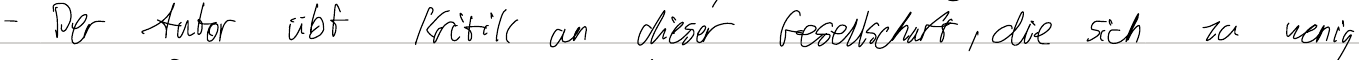
- Der Autor übt Kritik an dieser Gesellschaft, die sich zu wenig